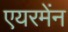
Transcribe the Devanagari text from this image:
एयरमेंन